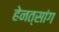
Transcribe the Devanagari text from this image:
हेनत्सांग